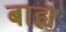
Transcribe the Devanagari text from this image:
बाह्यः